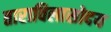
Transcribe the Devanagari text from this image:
ताराविलासोदय